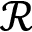
\mathcal { R }